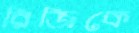
রিজিকে